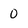
Character: 0